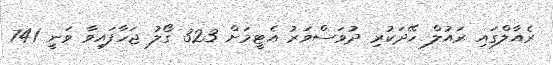
ރެއާލްގައި ރައުލް ހޭދަކުރި ދުވަސްވަރު އެޓީމަށް 323 ގޯލު ޖަހާފައިވާ ވަނީ 741